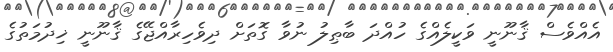
އެއްވެސް ޤާނޫނީ ވަކީލެއްގެ ހުއްދަ ބާޠިލު ނުވާ ގޮތަށް ދިވެހިރާއްޖޭގެ ޤާނޫނީ ޚިދުމަތުގެ